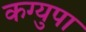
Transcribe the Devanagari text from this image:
कग्युपा